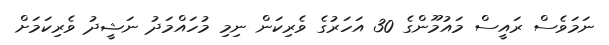
ނަމަވެސް ރައީސް މައުމޫންގެ 30 އަހަރުގެ ވެރިކަން ނިމި މުހައްމަދު ނަޝީދު ވެރިކަމަށް